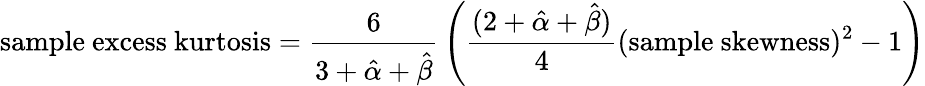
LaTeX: {\mathrm{sample~excess~kurtosis}}={\frac{6}{3+{\hat{\alpha}}+{\hat{\beta}}}}\left({\frac{(2+{\hat{\alpha}}+{\hat{\beta}})}{4}}({\mathrm{sample~skewness}})^{2}-1\right)